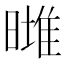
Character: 𣊌